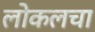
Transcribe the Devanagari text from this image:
लोकलचा